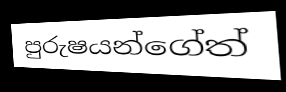
පුරුෂයන්ගේත්